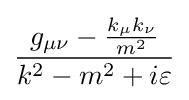
{\frac {g_{\mu \nu }-{\frac {k_{\mu }k_{\nu }}{m^{2}}}}{k^{2}-m^{2}+i\varepsilon }}